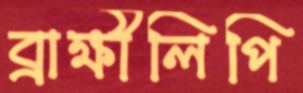
ব্রাক্ষীলিপি